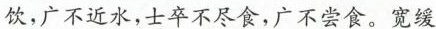
饮，广不近水，士卒不尽食，广不尝食。宽缓